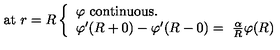
\mathrm { a t } \ r = R \left\{ \begin{array} { l l } { \varphi \ \mathrm { c o n t i n u o u s . } } \\ { \varphi ^ { \prime } ( R + 0 ) - \varphi ^ { \prime } ( R - 0 ) = \ \frac { \alpha } { R } \varphi ( R ) } \\ \end{array} \right.